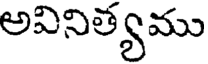
అవినిత్యము